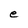
Character: e